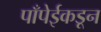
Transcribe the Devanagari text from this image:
पाँपेईकडून